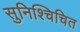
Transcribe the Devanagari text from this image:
सुनिश्चिचित